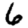
Digit: 6